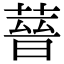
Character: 𦵻